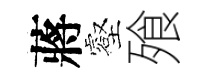
蔣壑飱